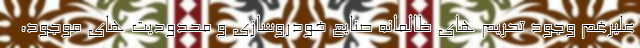
علیرغم وجود تحریم های ظالمانه صنایع خودروسازی و محدودیت های موجود،